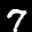
Label: 7